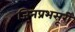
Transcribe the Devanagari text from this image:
जिनप्रभसूरी